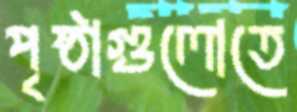
পৃষ্ঠাগুলোতে